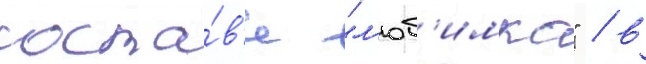
соста́в'е "л'юб'имка" / в